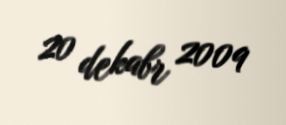
20 dekabr 2009